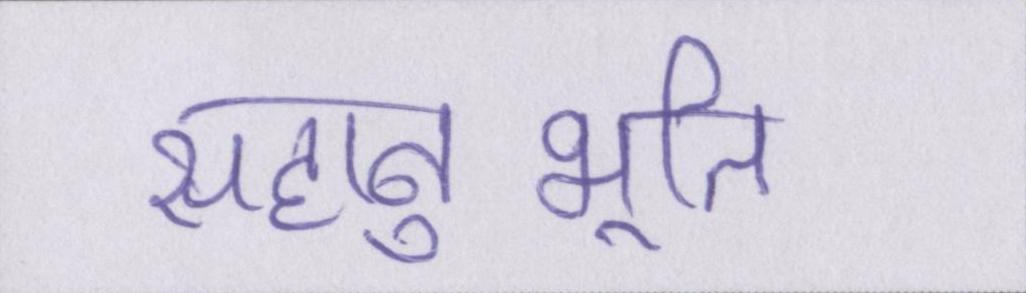
सहानुभूति